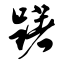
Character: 躇